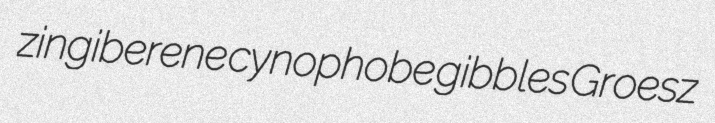
zingiberene cynophobe gibbles Groesz